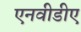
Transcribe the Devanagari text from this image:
एनवीडीए